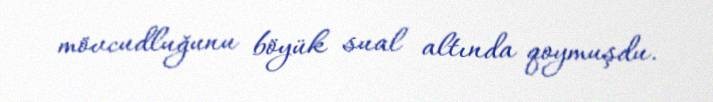
mövcudluğunu böyük sual altında qoymuşdu.